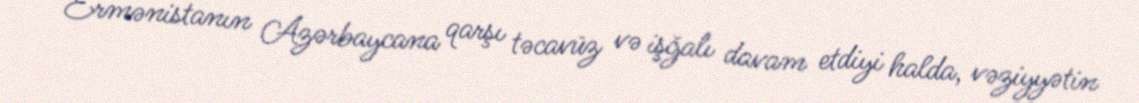
Ermənistanın Azərbaycana qarşı təcavüz və işğalı davam etdiyi halda, vəziyyətin